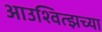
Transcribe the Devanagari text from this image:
आउश्वित्झच्या